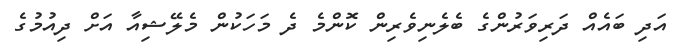
އަދި ބައެއް ދަރިވަރުންގެ ބެލެނިވެރިން ކޮންމެ ދެ މަހަކުން މެލޭޝިއާ އަށް ދިއުމުގެ